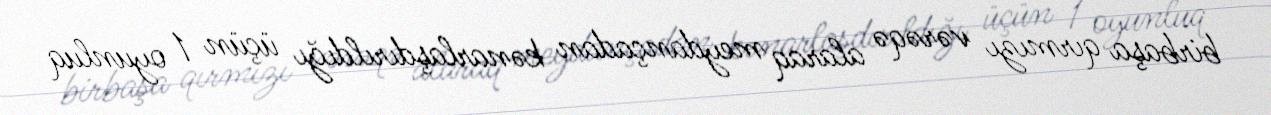
birbaşa qırmızı vərəqə alaraq meydançadan kənarlaşdırıldığı üçün 1 oyunluq